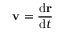
\mathbf { v } = { \frac { \mathrm { d } \mathbf { r } } { \mathrm { d } t } } \,